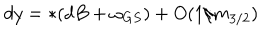
d y = * ( d B + \omega _ { G S } ) + O ( 1 / m _ { 3 / 2 } )